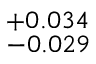
^ { + 0 . 0 3 4 } _ { - 0 . 0 2 9 }